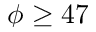
\phi \geq 4 7